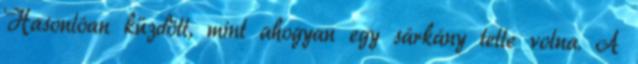
Hasonlóan küzdött, mint ahogyan egy sárkány tette volna. A